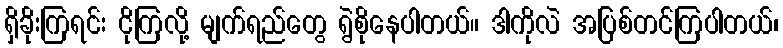
ရှိခိုးကြရင်း ငိုကြလို့ မျက်ရည်တွေ ရွဲစိုနေပါတယ်။ ဒါကိုလဲ အပြစ်တင်ကြပါတယ်၊